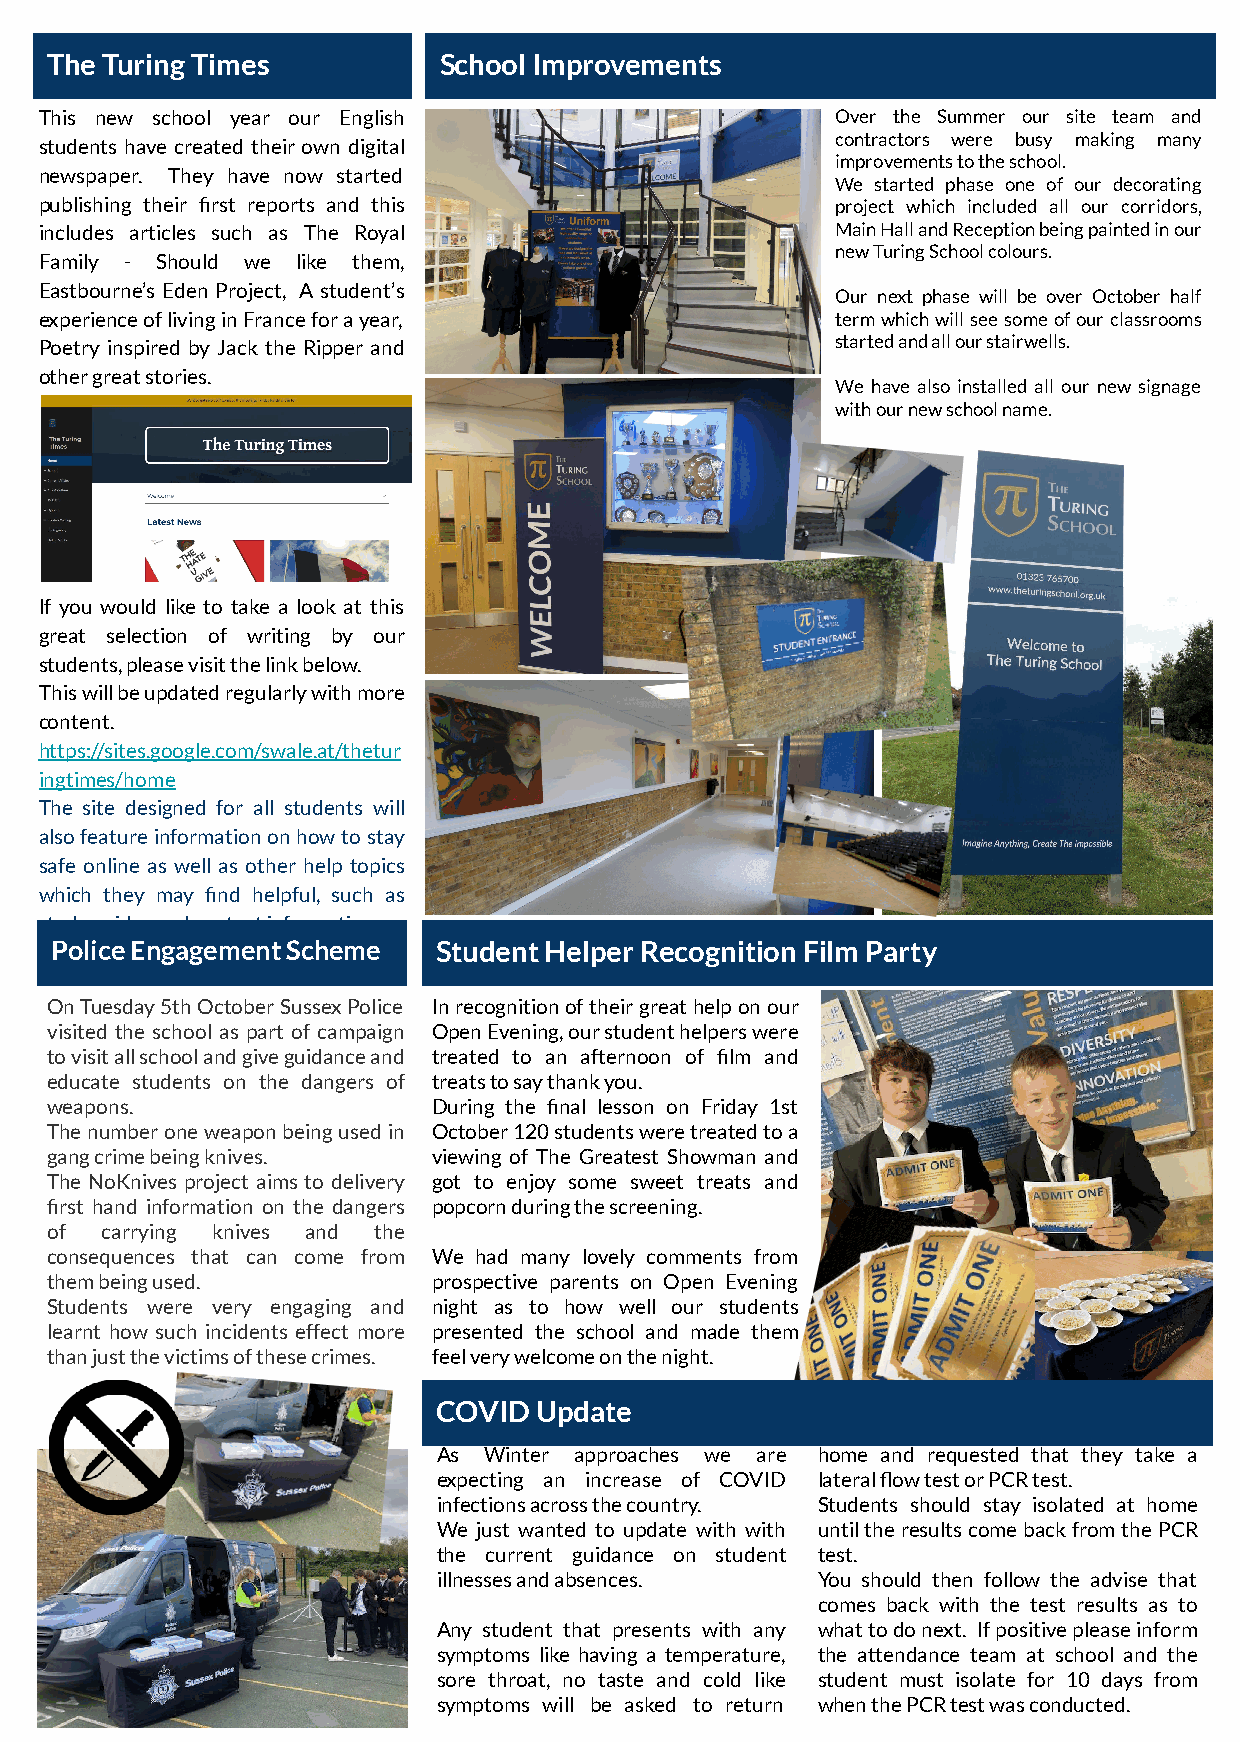
The Turing Times          School Improvements
 This new school year our English                    Over the Summer our site team and
 contractors were busy making many
 students have created their own digital
 improvements to the school.
 newspaper. They have now started
 We started phase one of our decorating
 publishing their first reports and this             project which included all our corridors,
 includes articles such as The Royal                 Main Hall and Reception being painted in our
 new Turing School colours.
 Family - Should we like them,
 Eastbourne’s Eden Project, A student’s
 Our next phase will be over October half
 experience of living in France for a year,          term which will see some of our classrooms
 Poetry inspired by Jack the Ripper and              started and all our stairwells.
 other great stories.
 We have also installed all our new signage
 with our new school name.
 If you would like to take a look at this
 great selection of writing by our
 students, please visit the link below.
 This will be updated regularly with more
 content.
 https://sites.google.com/swale.at/thetur
 ingtimes/home
 The site designed for all students will
 also feature information on how to stay
 safe online as well as other help topics
 which they may find helpful, such as
 study guides and contact information.
 Police Engagement Scheme  Student Helper Recognition Film Party
 On Tuesday 5th October Sussex Police In recognition of their great help on our
 visited the school as part of campaign Open Evening, our student helpers were
 to visit all school and give guidance and treated to an afternoon of film and
 educate students on the dangers of treats to say thank you.
 weapons.                  During the final lesson on Friday 1st
 The number one weapon being used in October 120 students were treated to a
 gang crime being knives.  viewing of The Greatest Showman and
 The NoKnives project aims to delivery got to enjoy some sweet treats and
 first hand information on the dangers popcorn during the screening.
 of  carrying knives and the
 consequences that can come from We had many lovely comments from
 them being used.          prospective parents on Open Evening
 Students were very engaging and night as to how well our students
 learnt how such incidents effect more presented the school and made them
 than just the victims of these crimes. feel very welcome on the night.
 COVID Update
 As Winter approaches we are home and requested that they take a
 expecting an increase of COVID lateral flow test or PCR test.
 infections across the country. Students should stay isolated at home
 We just wanted to update with with until the results come back from the PCR
 the current guidance on student test.
 illnesses and absences.  You should then follow the advise that
 comes back with the test results as to
 Any student that presents with any what to do next. If positive please inform
 symptoms like having a temperature, the attendance team at school and the
 sore throat, no taste and cold like student must isolate for 10 days from
 symptoms will be asked to return when the PCR test was conducted.